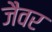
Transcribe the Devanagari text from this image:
जैवर